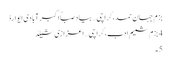
بزمِ جہانِ حمد،کراچی… بیادِ صباؔ اکبر آبادی ایوارڈ
4 بزمِ شمیمِ اَدب،کراچی… اعزازی شیلڈ
5۔